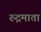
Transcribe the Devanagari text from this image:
रुद्रमाता